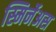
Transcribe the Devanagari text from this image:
स्मिर्नेअस